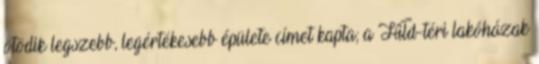
ötödik legszebb, legértékesebb épülete címet kapta; a Hild-téri lakóházak